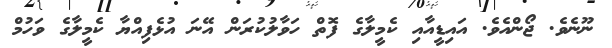
ނޫނެވެ. ޖޯންއެވެ. އައިޑީއާއި ކެމީލާގެ ފޮތް ހަވާލުކުރަން އޭނަ އުޅެފިއްޔާ ކެމީލާގެ ވަހުމް